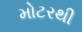
મોટરથી